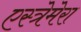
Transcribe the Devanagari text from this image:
एस्त्रेमेरा